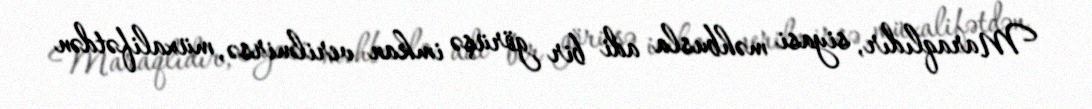
Maraqlıdır, siyasi məhbusla adi bir görüşə imkan verilmirsə, müxalifətdən